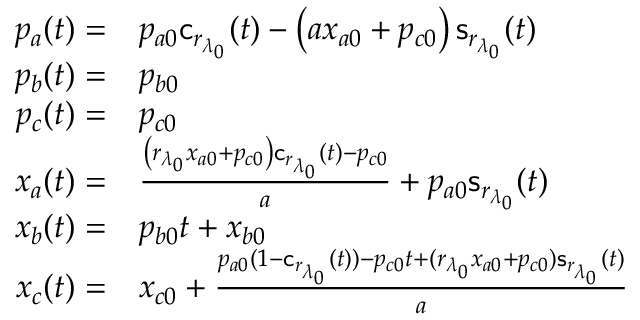
\begin{array} { r l } { p _ { a } ( t ) = } & { p _ { a 0 } \mathsf { c } _ { r _ { \lambda _ { 0 } } } ( t ) - \left( a x _ { a 0 } + p _ { c 0 } \right) \mathsf { s } _ { r _ { \lambda _ { 0 } } } ( t ) } \\ { p _ { b } ( t ) = } & { p _ { b 0 } } \\ { p _ { c } ( t ) = } & { p _ { c 0 } } \\ { x _ { a } ( t ) = } & { \frac { \left( { r _ { \lambda _ { 0 } } } x _ { a 0 } + p _ { c 0 } \right) \mathsf { c } _ { r _ { \lambda _ { 0 } } } ( t ) - p _ { c 0 } } { a } + p _ { a 0 } \mathsf { s } _ { r _ { \lambda _ { 0 } } } ( t ) } \\ { x _ { b } ( t ) = } & { p _ { b 0 } t + x _ { b 0 } } \\ { x _ { c } ( t ) = } & { x _ { c 0 } + \frac { p _ { a 0 } ( 1 - \mathsf { c } _ { r _ { \lambda _ { 0 } } } ( t ) ) - p _ { c 0 } t + ( { r _ { \lambda _ { 0 } } } x _ { a 0 } + p _ { c 0 } ) \mathsf { s } _ { r _ { \lambda _ { 0 } } } ( t ) } { a } } \end{array}